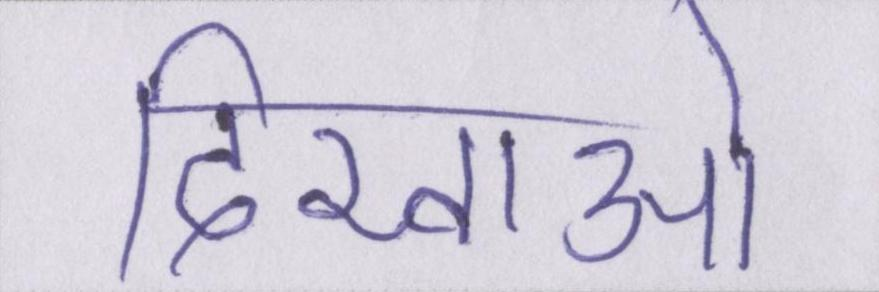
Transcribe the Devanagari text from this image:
दिखाओ